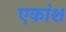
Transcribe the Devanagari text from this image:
एकांश